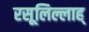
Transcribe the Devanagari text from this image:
रसूलिल्लाह्